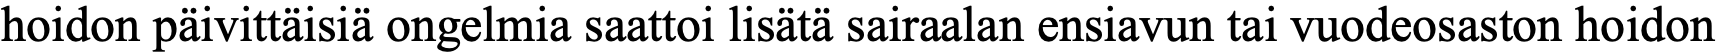
hoidon päivittäisiä ongelmia saattoi lisätä sairaalan ensiavun tai vuodeosaston hoidon